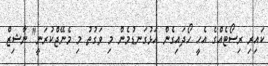
ކައިރި ރިސޯޓެއްގެ އެހީ ހޯދައިގެން އަޅުގަނޑުމެން މި ވަގުތު މި މެނޭޖްކުރަނީ" ނާޝިޒް